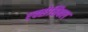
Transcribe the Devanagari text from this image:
एक्सेसिबल